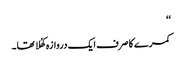
‘‘
کمرے کا صرف ایک دروازہ کھُلا تھا۔